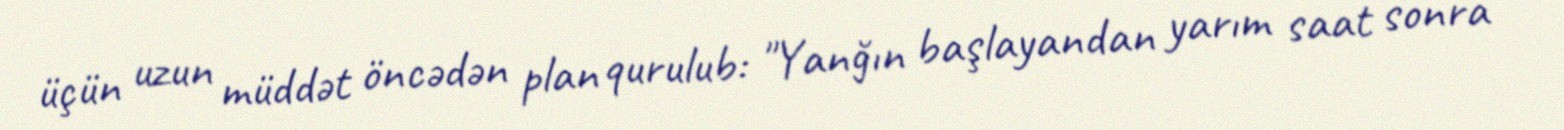
üçün uzun müddət öncədən plan qurulub: "Yanğın başlayandan yarım saat sonra